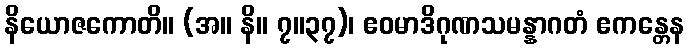
နိယောဇကောတိ။ (အ။ နိ။ ၇။၃၇)၊ ဧဝမာဒိဂုဏသမန္နာဂတံ ဧကန္တေန